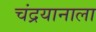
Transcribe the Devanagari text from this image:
चंद्रयानाला